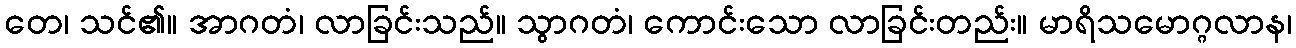
တေ၊ သင်၏။ အာဂတံ၊ လာခြင်းသည်။ သွာဂတံ၊ ကောင်းသော လာခြင်းတည်း။ မာရိသမောဂ္ဂလာန၊